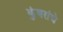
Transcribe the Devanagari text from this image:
झुंबरांचे